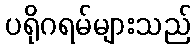
ပရိုဂရမ်များသည်